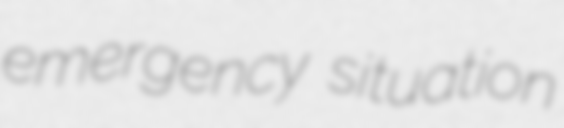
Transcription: emergency situation